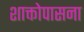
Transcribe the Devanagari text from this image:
शाक्तोपासना